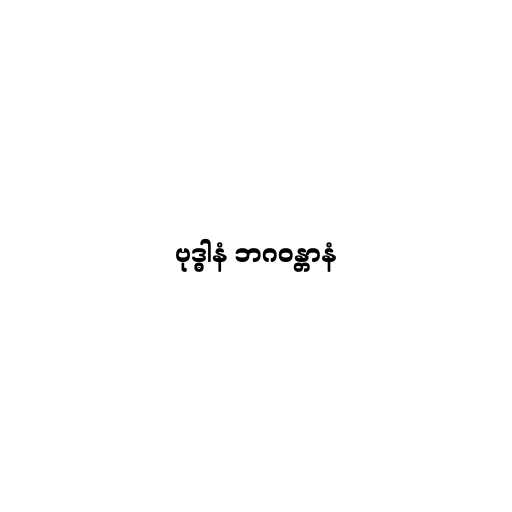
ဗုဒ္ဓါနံ ဘဂဝန္တာနံ